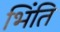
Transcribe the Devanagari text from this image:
भिंति